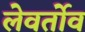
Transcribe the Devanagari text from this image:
लेवर्तोव